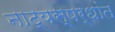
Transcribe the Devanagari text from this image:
नाट्यस्पर्धांत